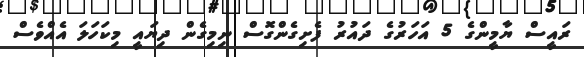
ރައީސް ޔާމީންގެ 5 އަހަރުގެ ދައުރު ފެށިގެންގޮސް ނިމިގެން ދިޔައީ މިކަހަލަ އެއްވެސް